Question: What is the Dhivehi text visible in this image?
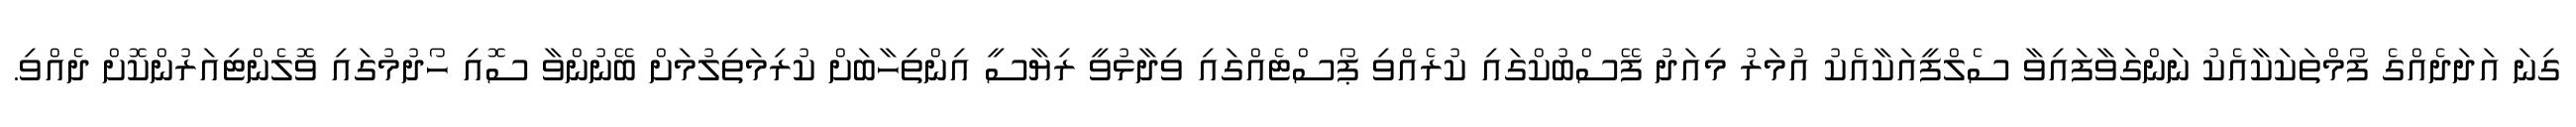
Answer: ގިނަ އަދަދެއްގެ ފޯމްތަކަކާއެކު ނަންގަވާފައިވާ ސެލްފީއަކާއެކު އުމަރު މިއަދު ފޭސްބުކްގައި ކުރެއްވި ޕޯސްޓެއްގައި ވިދާޅުވީ ރިޔާސީ އިންތިހާބަށް ކުރިމަތިލުމަށް ބޭނުންވާ ސޮއި ހޯދުމުގައި ވޮލެންޓިއަރުންކޮށް ދެއްވި.